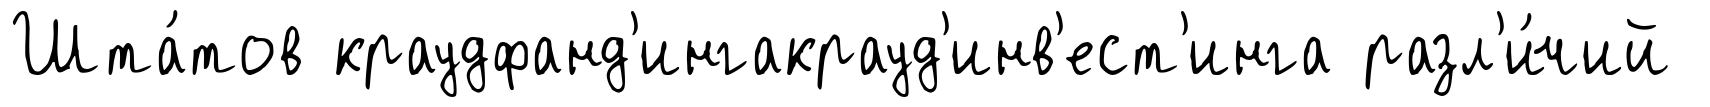
Шта́тов краудфанд'ингакрауд'инв'ест'инга разл'и́чий